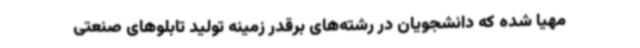
مهیا شده که دانشجویان در رشته‌های برقدر زمینه تولید تابلوهای صنعتی